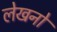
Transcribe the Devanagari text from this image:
लेखनो